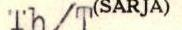
Th/T(SARJA)